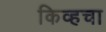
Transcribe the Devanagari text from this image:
किव्हचा